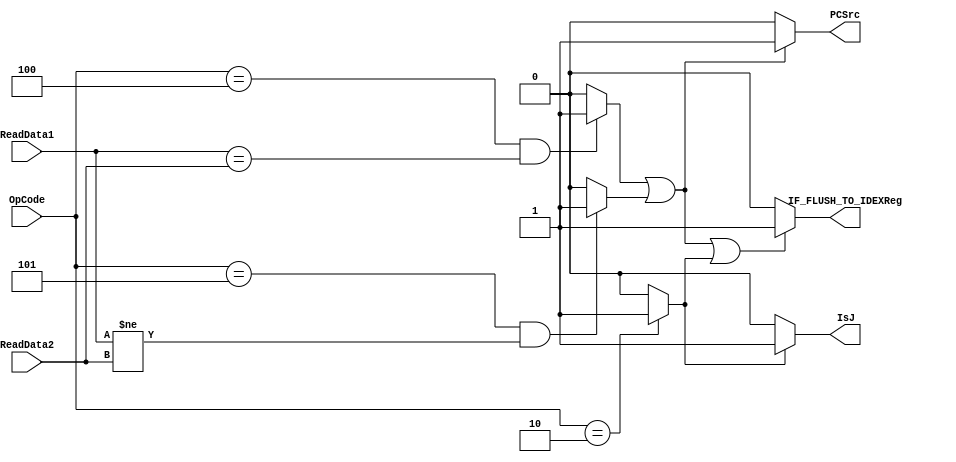
`timescale 1ns/1ns
module SubController(input [5:0]OpCode, input [31:0] ReadData1, ReadData2, output PCSrc, IsJ, IF_FLUSH_TO_IDEXReg);
       wire JOrNot, Beq, Bne;
       assign Beq = (OpCode == 6'b000100) && (ReadData1 == ReadData2) ? 1 : 0; 
       assign Bne = (OpCode == 6'b000101) && (ReadData1 != ReadData2)? 1 : 0;
       assign JOrNot = (OpCode == 6'b000010) ? 1 : 0;
       assign PCSrc = Beq || Bne ? 1 : 0;
       assign IsJ =  JOrNot ? 1 : 0;
       assign IF_FLUSH_TO_IDEXReg = Beq || Bne || JOrNot ? 1 : 0;
endmodule